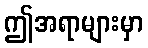
ဤအရာများမှာ